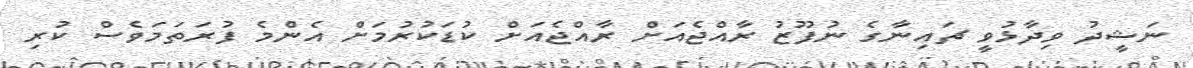
ނަޝީދު ވިދާޅުވީ ޗައިނާގެ ނުފޫޒު ރާއްޖެއަށް ރާއްޖެއަށް ކުޑަކުރުމަށް އެންމެ ފުރަތަމަވެސް ކުރި